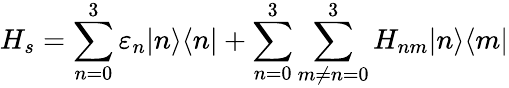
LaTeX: H_{s}=\sum_{n=0}^{3}\varepsilon_{n}\vert n\rangle\langle n\vert+\sum_{n=0}^{3}\sum_{m\neq{n}=0}^{3}H_{nm}\vert n\rangle\langle m\vert